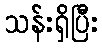
သန်းရှိပြီး